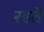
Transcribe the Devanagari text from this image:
रहतॆ